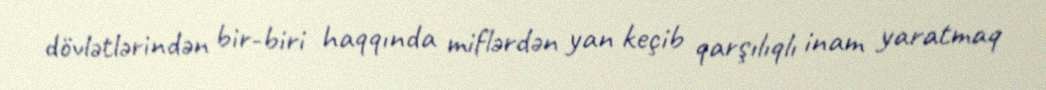
dövlətlərindən bir-biri haqqında miflərdən yan keçib qarşılıqlı inam yaratmaq